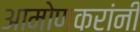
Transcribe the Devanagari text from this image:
आमोणकरांनी